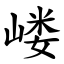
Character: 嵝